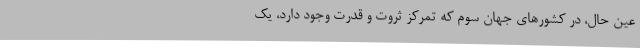
عین حال، در کشورهای جهانِ سوم که تمرکز ثروت و قدرت وجود دارد، یک